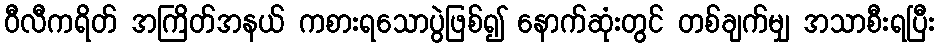
ဝီလီကရိတ် အကြိတ်အနယ် ကစားရသောပွဲဖြစ်၍ နောက်ဆုံးတွင် တစ်ချက်မျှ အသာစီးရပြီး